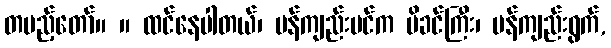
တပည့်တော်။ ။ ထင်နေပါတယ်၊ မန်ကျည်းပင်က မိခင်ကြီး၊ မန်ကျည်းရွက်,